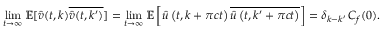
\operatorname* { l i m } _ { t \rightarrow \infty } \mathbb { E } [ \widehat { v } ( t , k ) \overline { { \widehat { v } ( t , k ^ { \prime } ) } } ] = \operatorname* { l i m } _ { t \rightarrow \infty } \mathbb { E } \left[ \widehat { u } \left( t , k + \pi c t \right) \overline { { \widehat { u } \left( t , k ^ { \prime } + \pi c t \right) } } \right] = \delta _ { k - k ^ { \prime } } \, C _ { f } ( 0 ) .